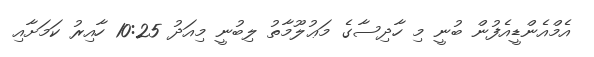
އެމްއެންޑީއެފުން ބުނީ މި ހާދިސާގެ މަޢުލޫމާތު ލިބުނީ މިއަދު 10:25 ހާއިރު ކަމަށާއި